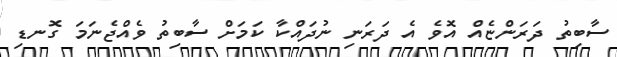
ސާބިތު ދަރަންޏެއް އޮވެ އެ ދަރަނި ނުދައްކާ ކަމަށް ސާބިތު ވެއްޖެނަމަ ގޮނޑި